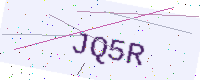
Text: JQ5R